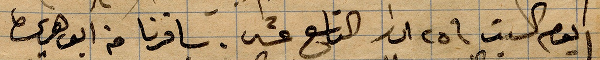
يوم السبت في ٢٥ اذار التاسع عشر. سافرنا من أبو هريره